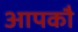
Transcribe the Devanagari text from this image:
आपकौ